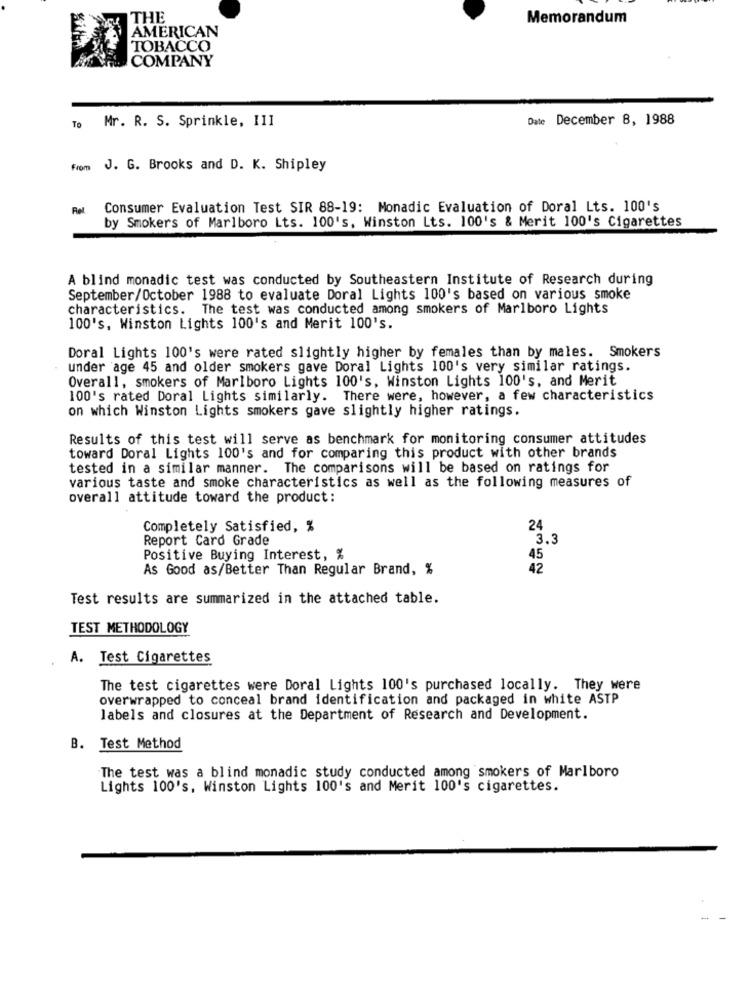
THE
Memorandum
AMERICAN
TOBACCO
COMPANY
Mr. R. S. Sprinkle, III
Date December 8, 1988
To
From J. G. Brooks and D. K. Shipley
Consumer Evaluation Test SIR 88-19: Monadic Evaluation of Doral Lts. 100's
by Smokers of Marlboro Lts. 100's, Winston Lts. 100's & Merit 100's Cigarettes
A blind monadic test was conducted by Southeastern Institute of Research during
September/October 1988 to evaluate Doral Lights 100's based on various smoke
characteristics. The test was conducted among smokers of Marlboro Lights
100's, Winston Lights 100's and Merit 100's.
Doral Lights 100's were rated slightly higher by females than by males. Smokers
under age 45 and older smokers gave Doral Lights 100's very similar ratings.
Overall, smokers of Marlboro Lights 100's, Winston Lights 100's, and Merit
100's rated Doral Lights similarly. There were, however, a few characteristics
on which Winston Lights smokers gave slightly higher ratings.
Results of this test will serve as benchmark for monitoring consumer attitudes
toward Doral Lights 100's and for comparing this product with other brands
tested in a similar manner. The comparisons will be based on ratings for
various taste and smoke characteristics as well as the following measures of
overall attitude toward the product:
Completely Satisfied, %
24
Report Card Grade
3.3
Positive Buying Interest, %
45
As Good as/Better Than Regular Brand, %
42
Test results are summarized in the attached table.
TEST METHODOLOGY
A. Test Cigarettes
The test cigarettes were Doral Lights 100's purchased locally. They were
overwrapped to conceal brand identification and packaged in white ASTP
labels and closures at the Department of Research and Development.
B. Test Method
The test was a blind monadic study conducted among smokers of Marlboro
Lights 100's, Winston Lights 100's and Merit 100's cigarettes.